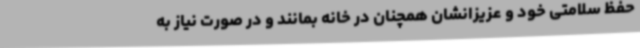
حفظ سلامتی خود و عزیزانشان همچنان در خانه بمانند و در صورت نیاز به